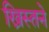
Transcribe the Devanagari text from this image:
ख्रिस्तने